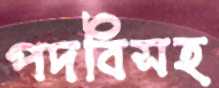
পদবিসহ